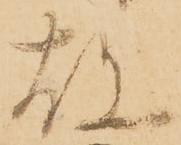
故